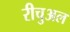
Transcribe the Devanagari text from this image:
रीचुअल